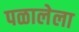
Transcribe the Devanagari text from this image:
पळालेला